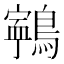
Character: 𪅢